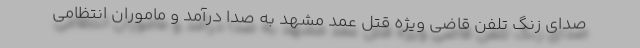
صدای زنگ تلفن قاضی ویژه قتل عمد مشهد به صدا درآمد و ماموران انتظامی